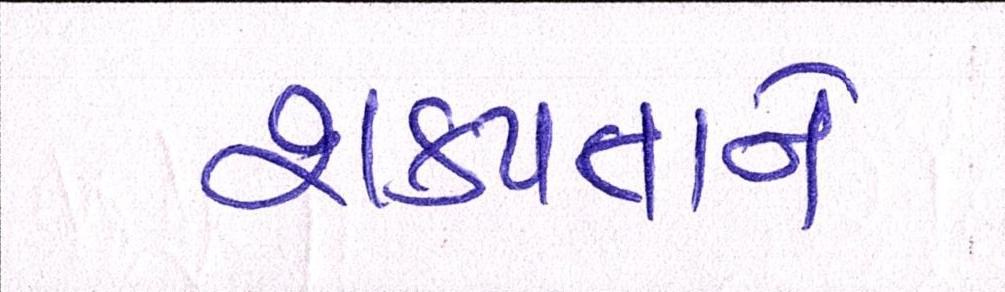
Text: શક્યતાને